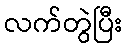
လက်တွဲပြီး